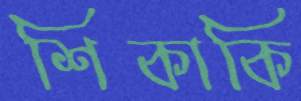
শিকাকি